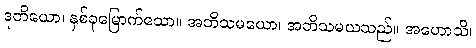
ဒုတိယော၊ နှစ်ခုမြောက်သော။ အဘိသမယော၊ အဘိသမယသည်။ အဟောသိ၊